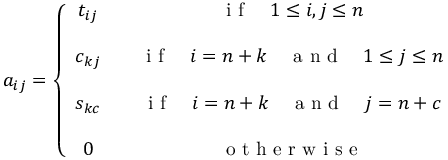
a _ { i j } = \left\{ \begin{array} { c c } { t _ { i j } } & { \quad \textrm { i f } \quad 1 \leq i , j \leq n } \\ { \quad } & { \quad } \\ { c _ { k j } } & { \quad \textrm { i f } \quad i = n + k \quad \textrm { a n d } \quad 1 \leq j \leq n } \\ { \quad } & { \quad } \\ { s _ { k c } } & { \quad \textrm { i f } \quad i = n + k \quad \textrm { a n d } \quad j = n + c } \\ { \quad } & { \quad } \\ { 0 } & { \quad \textrm { o t h e r w i s e } } \end{array} \right.